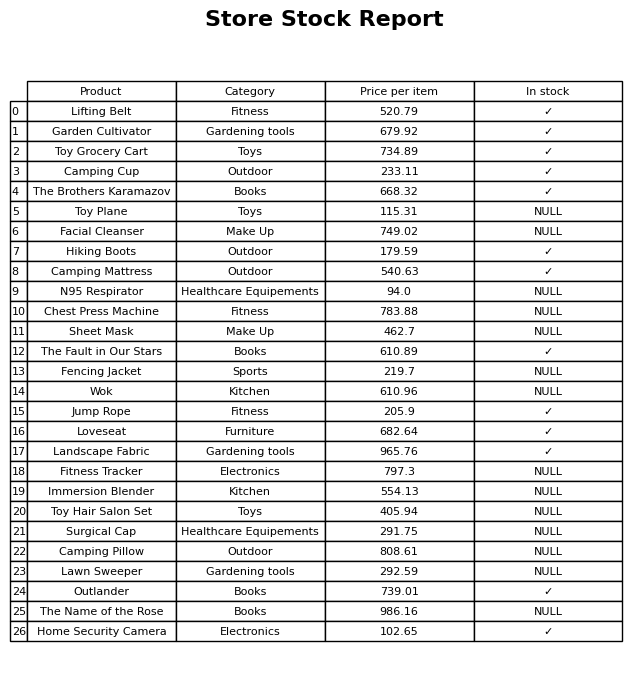
question: Which products are currently out of stock?
answer: Toy Plane, Facial Cleanser, N95 Respirator, Chest Press Machine, Sheet Mask, Fencing Jacket, Wok, Fitness Tracker, Immersion Blender, Toy Hair Salon Set, Surgical Cap, Camping Pillow, Lawn Sweeper, The Name of the Rose